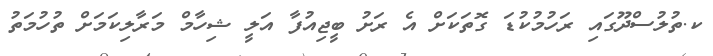
ކ.ތުލުސްދޫގައި ރަހުމުކުޑަ ގޮތަކަށް އެ ރަށު ބީޖިއުފާ އަލީ ޝިހާމް މަރާލިކަމަށް ތުހުމަތު